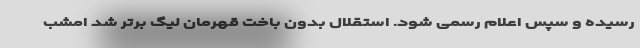
رسیده و سپس اعلام رسمی شود. استقلال بدون باخت قهرمان لیگ برتر شد امشب